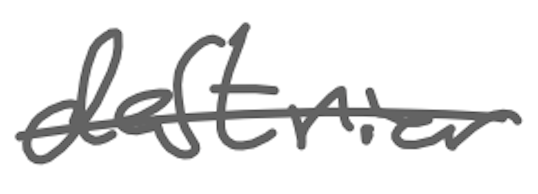
Text: destrier
Cross-out: mix
Writing tool: digital_gray